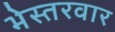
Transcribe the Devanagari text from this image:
भेस्तरवार